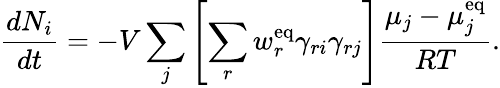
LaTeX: {\frac{dN_{i}}{dt}}=-V\sum_{j}\left[\sum_{r}w_{r}^{\mathrm{{eq}}}\gamma_{ri}\gamma_{rj}\right]{\frac{\mu_{j}-\mu_{j}^{\mathrm{{eq}}}}{RT}}.